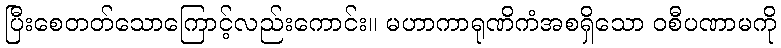
ပြီးစေတတ်သောကြောင့်လည်းကောင်း။ မဟာကာရုဏိကံအစရှိသော ဝစီပဏာမကို